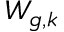
W _ { g , k }